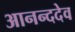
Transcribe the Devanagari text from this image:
आनन्ददेव